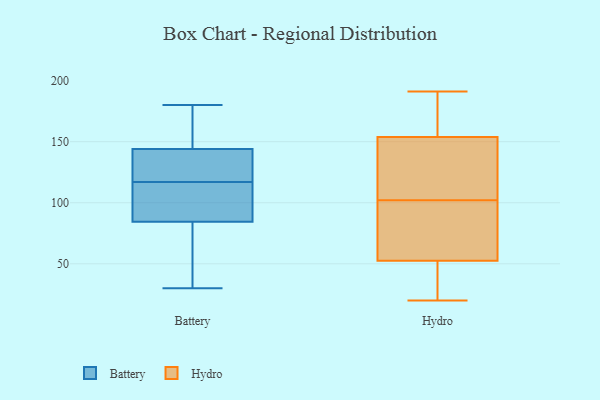
{"axis": {"x": "Satisfaction Score", "y": "Value"}, "legend": ["Battery", "Hydro"], "data": [{"x": "", "y": 81, "type": "Battery"}, {"x": "", "y": 141, "type": "Battery"}, {"x": "", "y": 180, "type": "Battery"}, {"x": "", "y": 30, "type": "Battery"}, {"x": "", "y": 44, "type": "Battery"}, {"x": "", "y": 140, "type": "Battery"}, {"x": "", "y": 174, "type": "Battery"}, {"x": "", "y": 95, "type": "Battery"}, {"x": "", "y": 145, "type": "Battery"}, {"x": "", "y": 117, "type": "Battery"}, {"x": "", "y": 97, "type": "Battery"}, {"x": "", "y": 183, "type": "Hydro"}, {"x": "", "y": 102, "type": "Hydro"}, {"x": "", "y": 20, "type": "Hydro"}, {"x": "", "y": 191, "type": "Hydro"}, {"x": "", "y": 23, "type": "Hydro"}, {"x": "", "y": 78, "type": "Hydro"}, {"x": "", "y": 102, "type": "Hydro"}, {"x": "", "y": 123, "type": "Hydro"}, {"x": "", "y": 164, "type": "Hydro"}, {"x": "", "y": 44, "type": "Hydro"}, {"x": "", "y": 81, "type": "Hydro"}]}